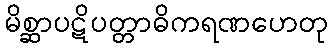
မိစ္ဆာပဋိပတ္တာဓိကရဏဟေတု